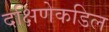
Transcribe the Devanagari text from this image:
दक्षिणेकडिल